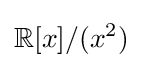
\mathbb {R} [x]/(x^{2})